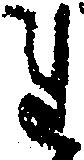
れ